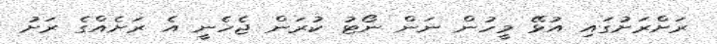
ރަށްރަށުގައި އުޅޭ މީހުން ނަން ނޯޓު ކުރަން ޖެހެނީ އެ ރަށެއްގެ ރަށު